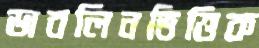
ডাবলিনভিত্তিক